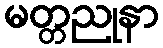
မတ္တညုနာ